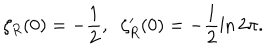
\zeta _ { R } ( 0 ) = - \frac { 1 } { 2 } , \; \; \zeta _ { R } ^ { \prime } ( 0 ) = - \frac { 1 } { 2 } \ln 2 \pi .